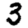
Digit: 3